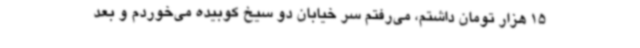
15 هزار تومان داشتم، می‌رفتم سر خیابان دو سیخ کوبیده می‌خوردم و بعد